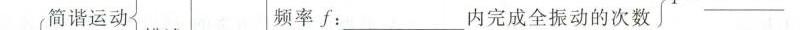
简谐运动描述频率f：___内完成全振动的次数___